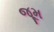
જૂમ